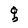
Character: q